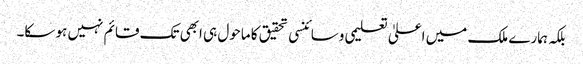
بلکہ ہمارے ملک میں اعلیٰ تعلیمی وسائنسی تحقیق کا ماحول ہی ابھی تک قائم نہیں ہو سکا۔